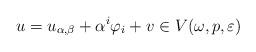
LaTeX: \begin{align*}u=u_{\alpha,\beta}+\alpha^{i}\varphi_{i}+v\in V(\omega,p,\varepsilon) \end{align*}